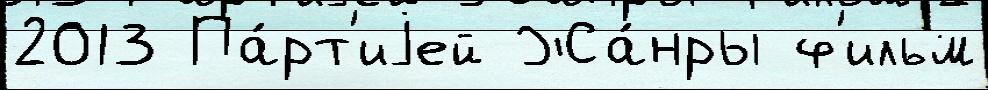
2013 Па́рт'иjей Жа́нры ф'ильм